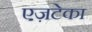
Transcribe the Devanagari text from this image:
एज़टेका